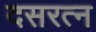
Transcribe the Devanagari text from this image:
दसरत्न